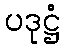
ပဒုဋ္ဌံ